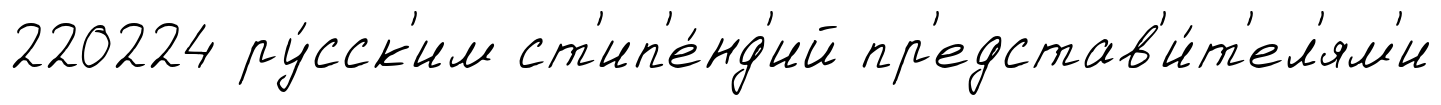
220224 ру́сск'им ст'ип'е́нд'ий пр'едстав'и́т'ел'ям'и